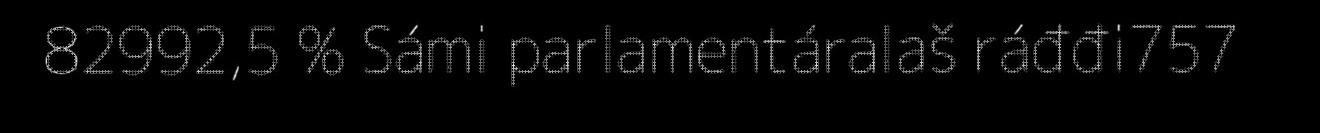
82992,5 % Sámi parlamentáralaš ráđđi757